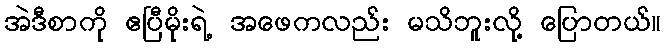
အဲဒီစာကို ဧပြီမိုးရဲ့ အဖေကလည်း မသိဘူးလို့ ပြောတယ်။